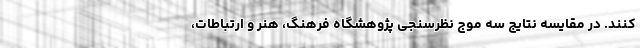
کنند. در مقایسه نتایج سه موج نظرسنجی پژوهشگاه فرهنگ، هنر و ارتباطات،